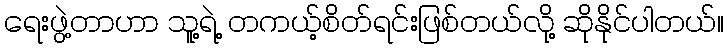
ရေးဖွဲ့တာဟာ သူ့ရဲ့ တကယ့်စိတ်ရင်းဖြစ်တယ်လို့ ဆိုနိုင်ပါတယ်။